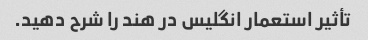
تأثیر استعمار انگلیس در هند را شرح دهید.